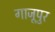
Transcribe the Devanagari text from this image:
गाजूपुर